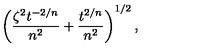
\left( \frac { \zeta ^ { 2 } t ^ { - 2 / n } } { n ^ { 2 } } + \frac { t ^ { 2 / n } } { n ^ { 2 } } \right) ^ { 1 / 2 } ,